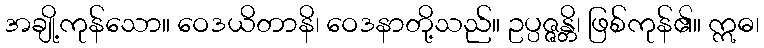
အချို့ကုန်သော။ ဝေဒယိတာနိ၊ ဝေဒနာတို့သည်။ ဥပ္ပဇ္ဇန္တိ၊ ဖြစ်ကုန်၏။ ဣဓ၊